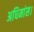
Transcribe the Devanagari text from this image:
अधिमांस।